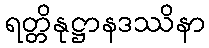
ရတ္တိနုဋ္ဌာနဒဿိနာ